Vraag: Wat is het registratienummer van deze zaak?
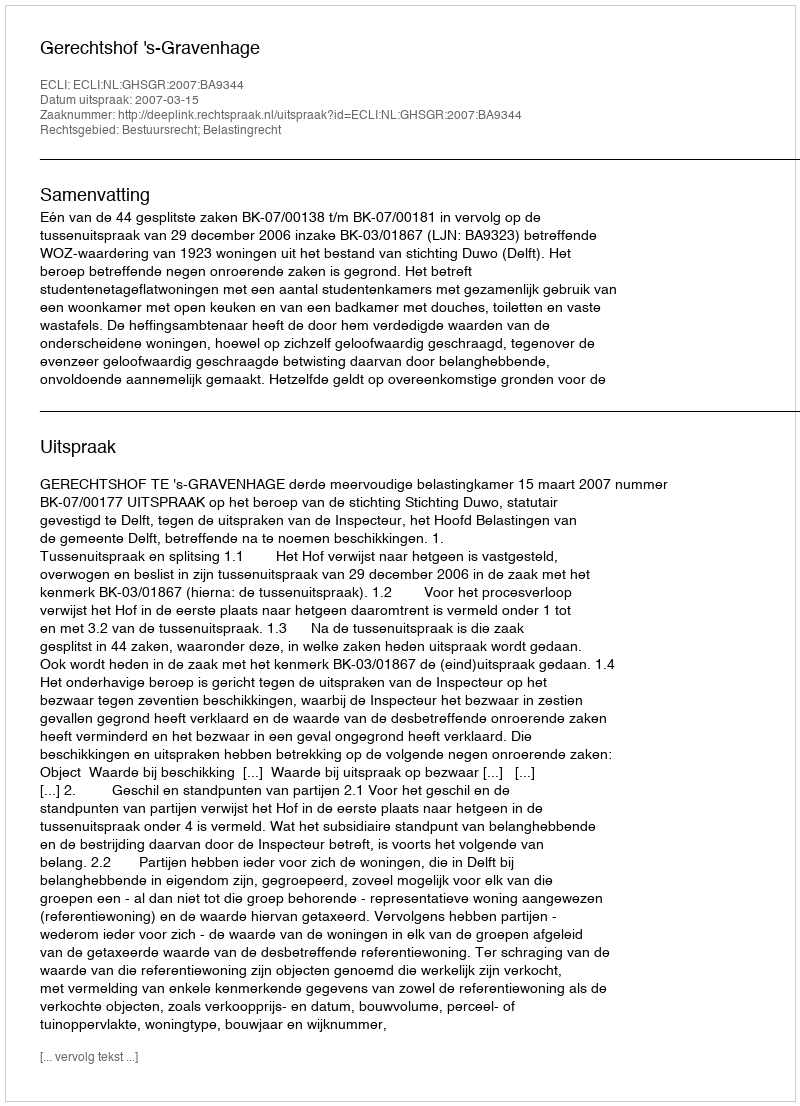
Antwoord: http://deeplink.rechtspraak.nl/uitspraak?id=ECLI:NL:GHSGR:2007:BA9344